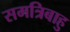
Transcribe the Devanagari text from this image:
समत्रिबाहु